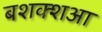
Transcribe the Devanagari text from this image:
बशक्शआ